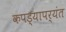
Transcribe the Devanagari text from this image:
कपड्यापर्यंत